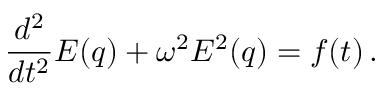
\frac { d ^ { 2 } } { d t ^ { 2 } } E ( q ) + \omega ^ { 2 } E ^ { 2 } ( q ) = f ( t ) \, .